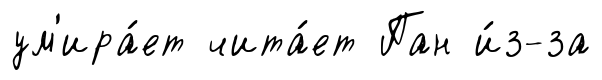
ум'ира́ет чита́ет Пан и́з-за